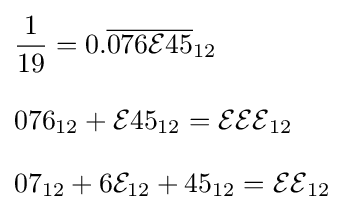
{\begin{aligned}&{\frac {1}{19}}=0.{\overline {076{\mathcal {E}}45}}_{12}\\[8pt]&076_{12}+{\mathcal {E}}45_{12}={\mathcal {EEE}}_{12}\\[8pt]&07_{12}+6{\mathcal {E}}_{12}+45_{12}={\mathcal {EE}}_{12}\end{aligned}}